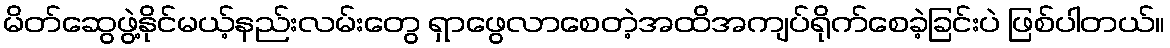
မိတ်ဆွေဖွဲ့နိုင်မယ့်နည်းလမ်းတွေ ရှာဖွေလာစေတဲ့အထိအကျပ်ရိုက်စေခဲ့ခြင်းပဲ ဖြစ်ပါတယ်။